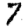
Digit: 7